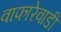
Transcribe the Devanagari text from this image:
वाफारेवाडी